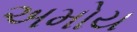
અમોય